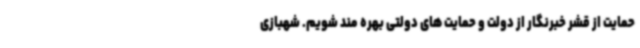
حمایت از قشر خبرنگار از دولت و حمایت های دولتی بهره مند شویم. شهبازی